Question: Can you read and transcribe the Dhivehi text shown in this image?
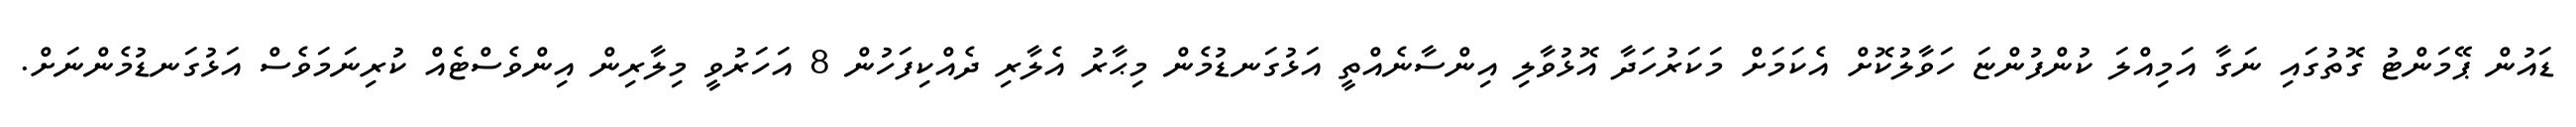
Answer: ޑައުން ޕޭމަންޓު ގޮތުގައި ނަގާ އަމިއްލަ ކުންފުންޏަ ހަވާލުކޮށް އެކަމަށް މަކަރުހަދާ އޮޅުވާލި އިންސާނެއްތީ އަޅުގަނޑުމެން މިޙާރު އެލާރި ދެއްކިފަހުން 8 އަހަރުވީ މިލާރިން އިންވެސްޓެއް ކުރިނަމަވެސް އަޅުގަނޑުމެންނަށް.